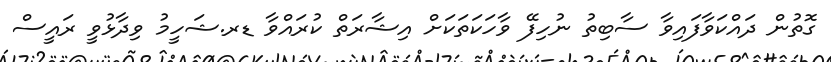
ގޮތުން ދައްކަވާފައިވާ ސާބިތު ނުހިފޭ ވާހަކަތަކަށް އިޝާރަތް ކުރައްވާ ޑރ.ޝަހީމު ވިދާޅުވީ ރައީސް